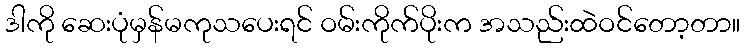
ဒါကို ဆေးပုံမှန်မကုသပေးရင် ဝမ်းကိုက်ပိုးက အသည်းထဲဝင်တော့တာ။